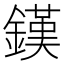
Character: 𨫪